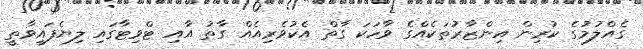
ގެއްލުމުގެ ކުރިން އިންޒާރުތަކެއްގެ ވާހަކަ ގާތް އެކުވެރިއެއް ގާތު އާއި ޓްވިޓާގައި ލިޔެފައިވާތީ